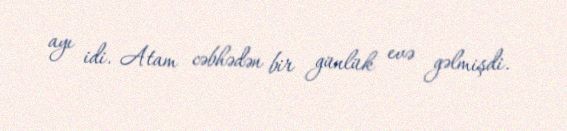
ayı idi. Atam cəbhədən bir günlük evə gəlmişdi.